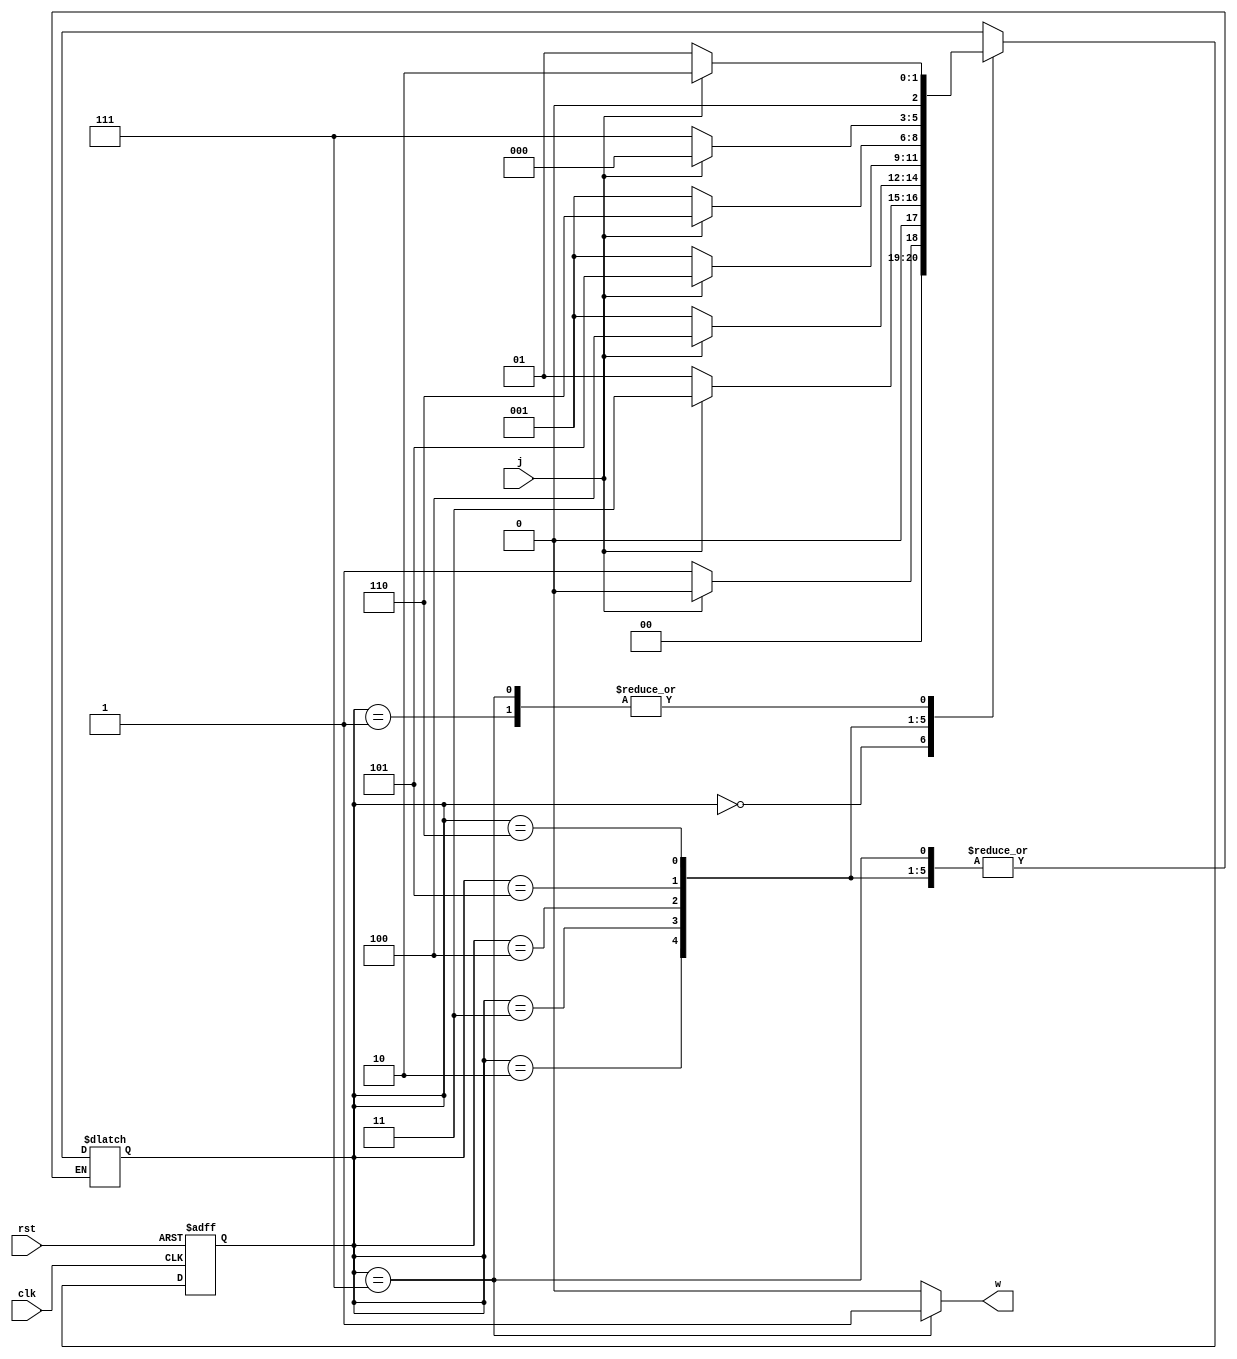
module seq_dtc(input clk , rst , j , output w);
    parameter[2:0] A = 3'b000, B = 3'b001 , C = 3'b010 , D = 3'b011 , E = 3'b100 ,
    F = 3'b101 , G = 3'b110 , H = 3'b111;
    reg [2:0] ps , ns;

    always @(j , ps) begin
        ns = A;
        case(ps)
            A : ns = j ? A : B;
            B : ns = j ? C : B;
            C : ns = j ? D : B;
            D : ns = j ? E : B;
            E : ns = j ? F : B;
            F : ns = j ? G : B;
            G : ns = j ? A : H;
            H : ns = j ? C : B;
            default : ps = A;
        endcase
    end

    assign w = (ps == H) ? 1:0;

    always @(posedge clk ,posedge rst) begin
        if(rst) 
            ps <= 3'b0;
        else 
            ps <= ns;
    end

endmodule